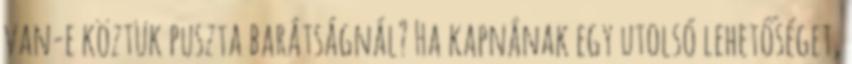
van-e köztük puszta barátságnál? Ha kapnának egy utolsó lehetőséget,